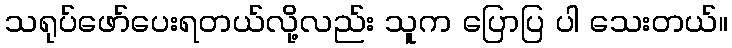
သရုပ်ဖော်ပေးရတယ်လို့လည်း သူက ပြောပြ ပါ သေးတယ်။